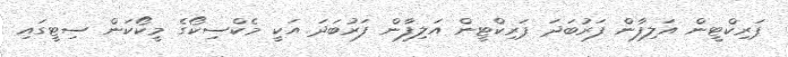
ޕަރިކްޓީން އަލިފާން ފަރުބަދަ ޕަރިކްޓީން އަލިފާން ފަރުބަދަ އަކީ މެކްސިކޯގެ މީކޯކަން ސިޓީގައި